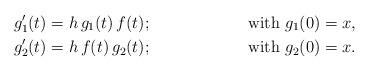
LaTeX: \begin{align*} & g_1'(t)=h\, g_1(t)\, f(t); & \textrm{with } g_1(0)=x , \\ & g_2'(t)=h \, f(t) \, g_2(t); & \textrm{with } g_2(0)=x . \end{align*}